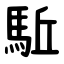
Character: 駈